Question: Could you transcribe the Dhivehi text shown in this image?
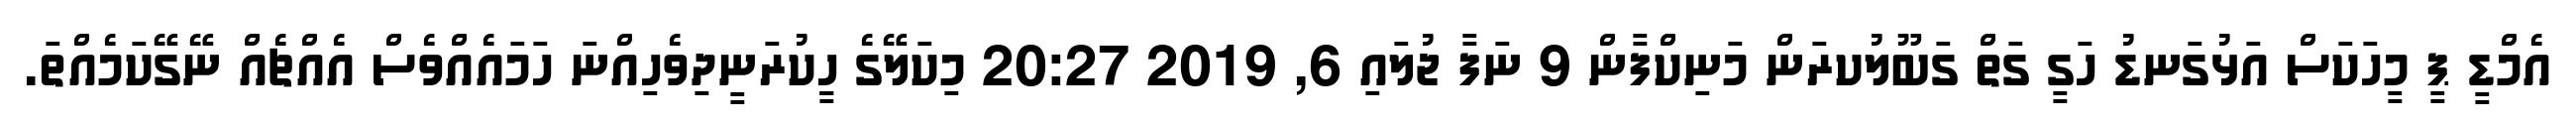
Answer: އެމްޑީ ޕީ މީހަކަސް އަޅުގަނޑު ހަގީ ގަތް ގަބޫލުކރަން މަނިކްފާން 9 ނަފާ ޖުލައި 6, 2019 20:27 މިކަލޭގެ ހީިކުރަނީދިވެހިއްނަ ހަމައެއްވެސް އެއްޗެއް ނޭގޭކަމެއްތަ.